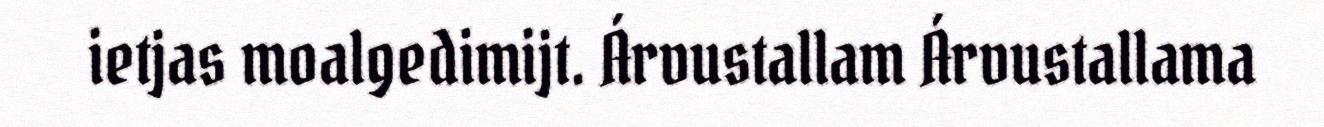
ietjas moalgedimijt. Árvustallam Árvustallama